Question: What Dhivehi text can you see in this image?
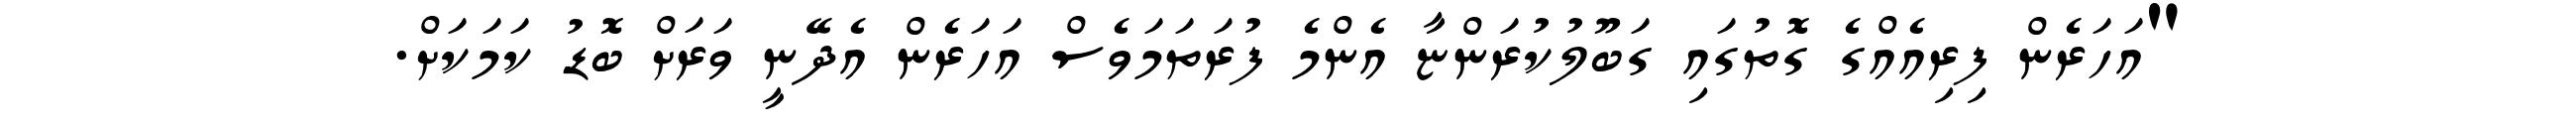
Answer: "އަހަރެން ފިރިއެއްގެ ގޮތުގައި ގަބޫލުކުރަންޏާ އެންމެ ފުރަތަމަވެސް އަހަރެން އެދޭނީ ވަރަށް ބޮޑު ކަމަކަށް.